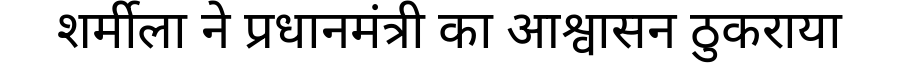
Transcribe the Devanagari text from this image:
शर्मीला ने प्रधानमंत्री का आश्वासन ठुकराया